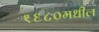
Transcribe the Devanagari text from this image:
१६८०मधील